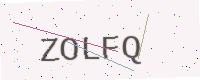
Text: ZOLFQ